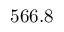
5 6 6 . 8